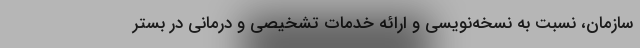
سازمان، نسبت به نسخه‌نویسی و ارائه خدمات تشخیصی و درمانی‌ در بستر